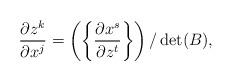
LaTeX: \begin{align*}\frac{\partial z^{k}}{\partial x^j}=\left(\left\{\frac{\partial x^s}{\partial z^t}\right\}\right)/\operatorname{det}(B),\end{align*}